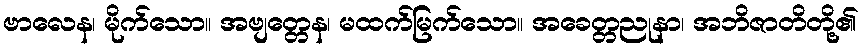
ဗာလေန၊ မိုက်သော။ အဗျတ္တေန၊ မထက်မြက်သော။ အခေတ္တညုနာ၊ အဘိဇာတိတို့၏